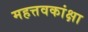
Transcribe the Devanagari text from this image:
महत्तवकांक्षा